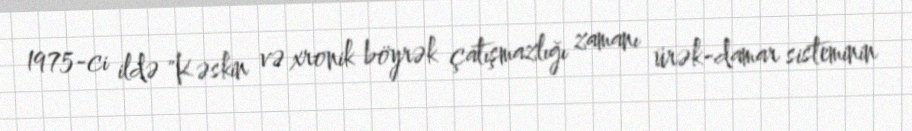
1975-ci ildə "Kəskin və xronik böyrək çatışmazlığı zamanı ürək-damar sisteminin